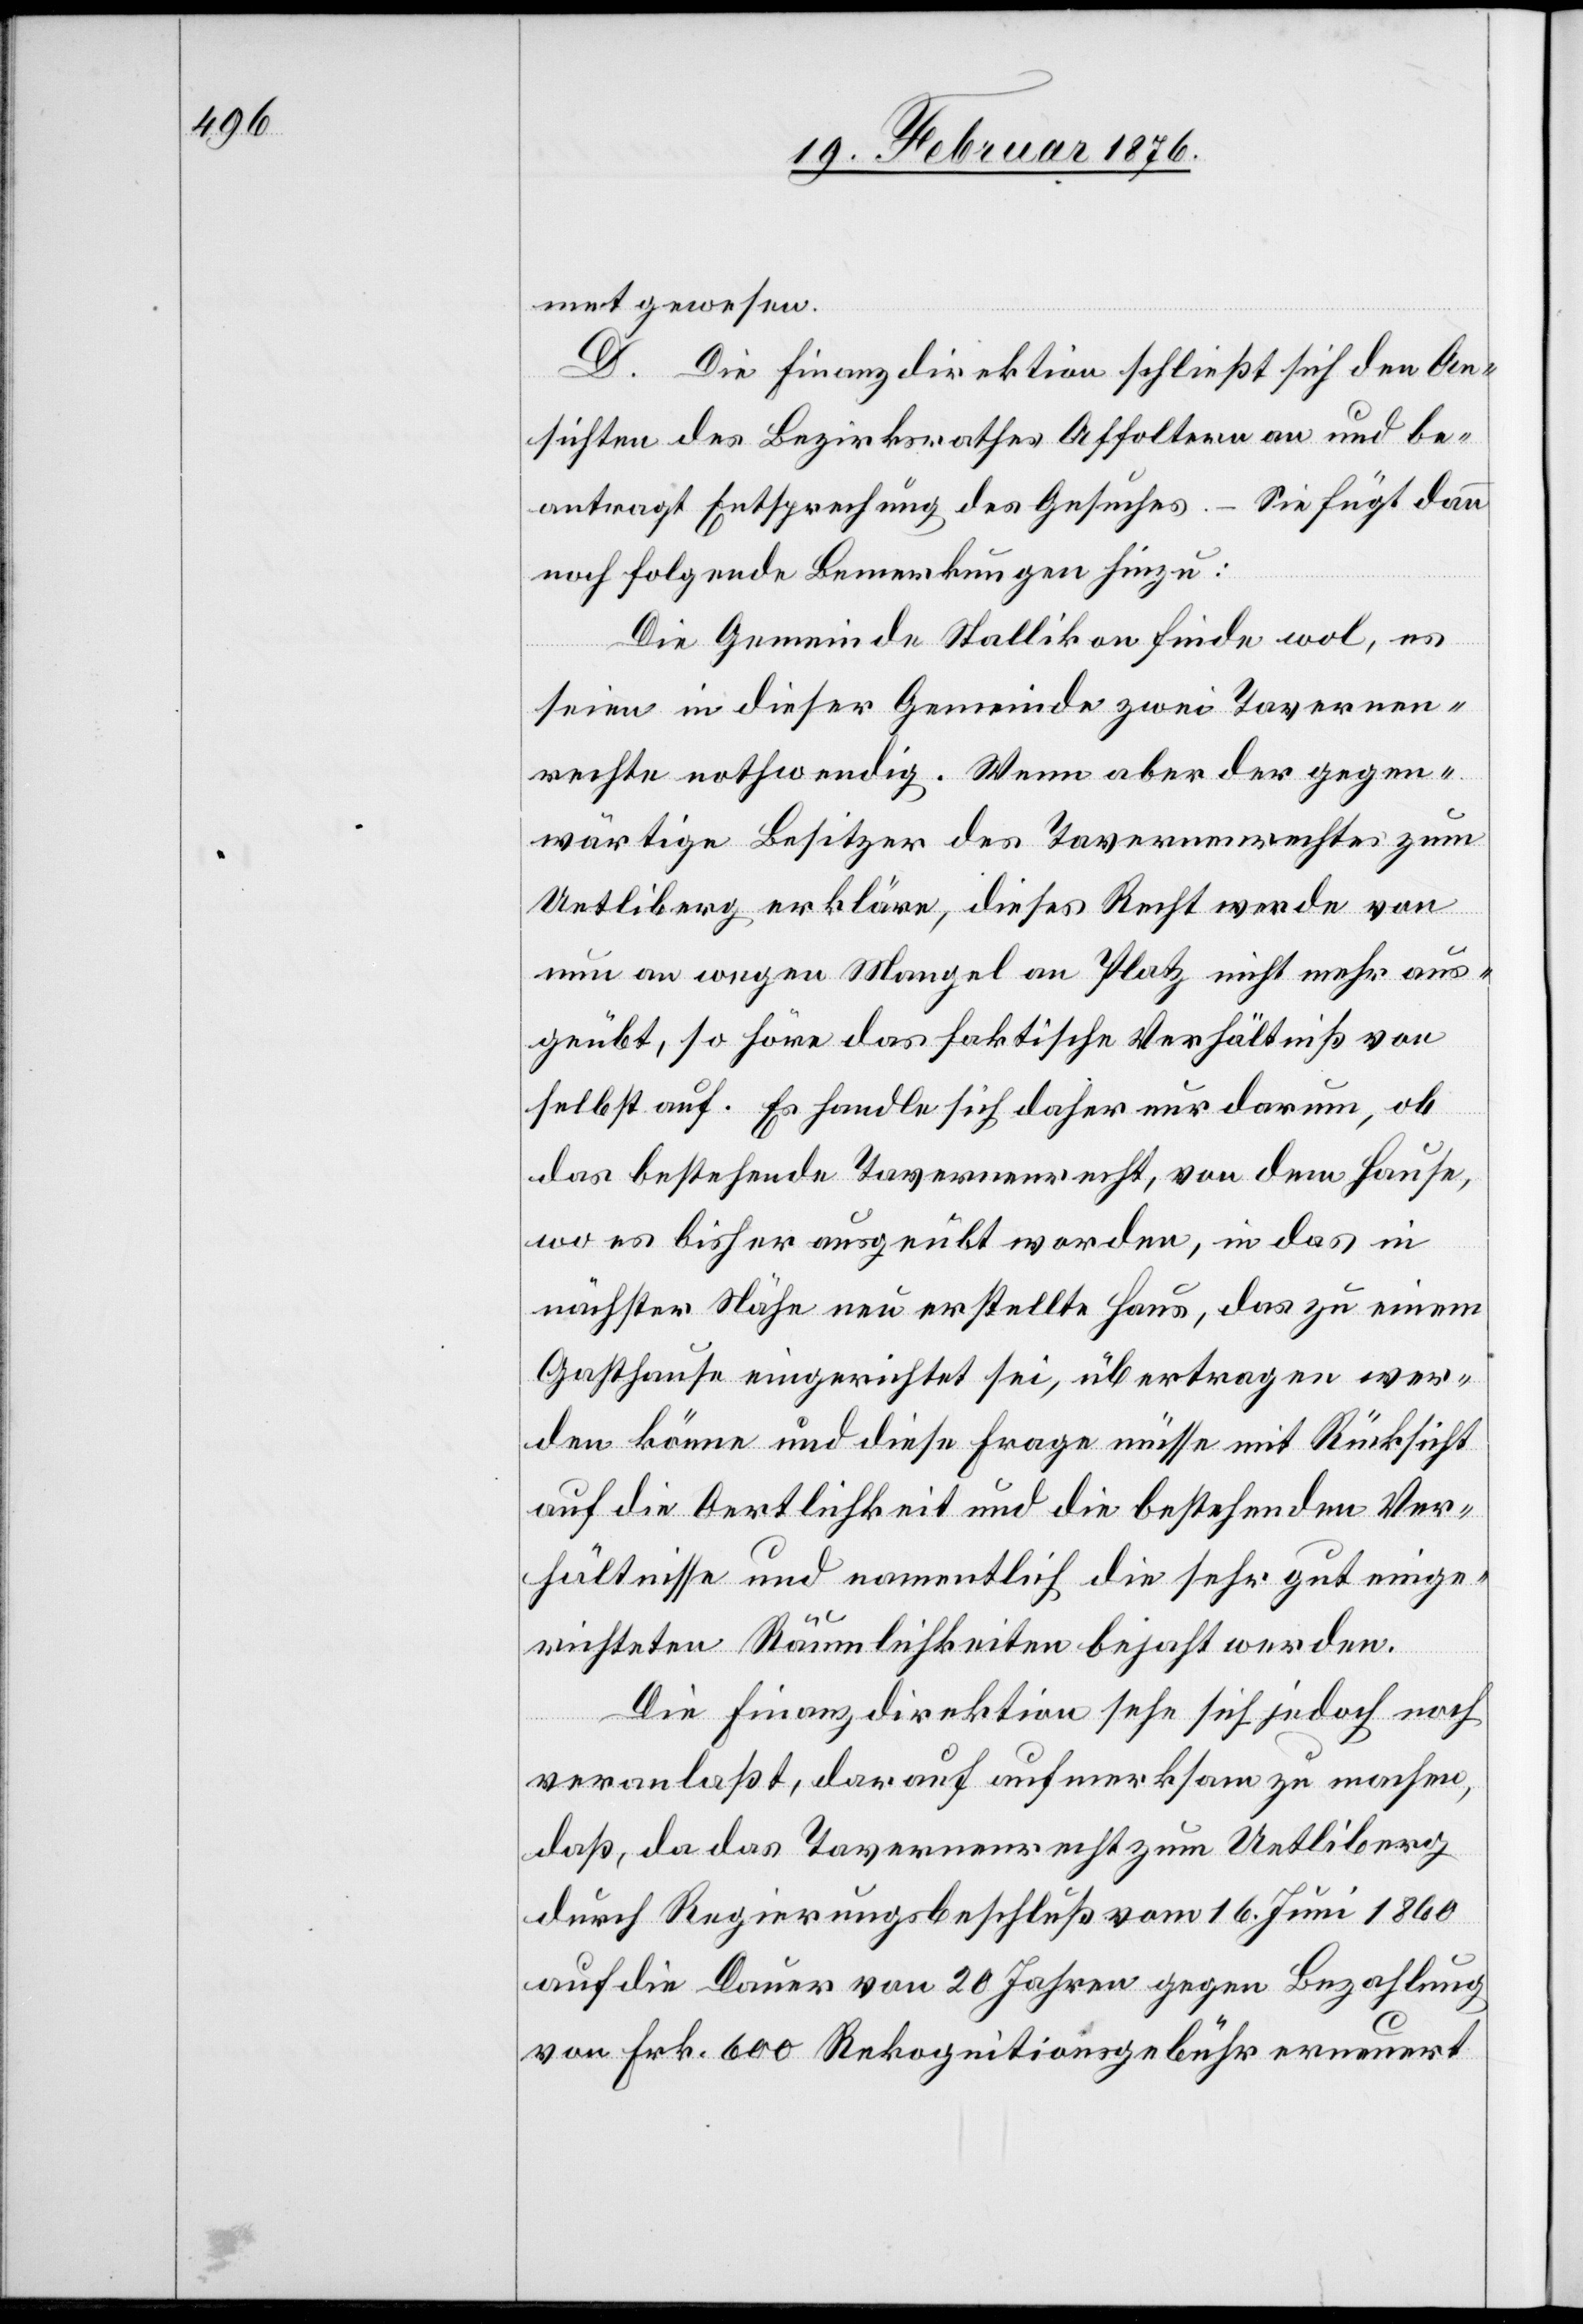
met gewesen.
D. Die Finanzdirektion schließt sich den An¬
sichten des Bezirksrathes Affoltern an und be¬
antragt Entsprechung des Gesuches – Sie fügt dann
noch folgende Bemerkungen hinzu:
Die Gemeinde Stallikon finde wol, es
seien in dieser Gemeinde zwei Tavernen¬
rechte nothwendig. Wenn aber der gegen¬
wärtige Besitzer des Tavernenrechtes zum
Uetliberg erkläre, dieses Recht werde von
nun an wegen Mangel an Platz nicht mehr aus¬
geübt, so höre das faktische Verhältniß von
selbst auf. Es handle sich daher nur darum, ob
das bestehende Tavernenrecht, von dem Hause,
wo es bisher ausgeübt worden, in das in
nächster Nähe neu erstellte Haus, das zu einem
Gasthause eingerichtet sei, übertragen wer¬
den könne und diese Frage müsse mit Rücksicht
auf die Oertlichkeit und die bestehenden Ver¬
hältnisse und namentlich die sehr gut einge¬
richteten Räumlichkeiten bejaht werden.
Die Finanzdirektion sehe sich jedoch noch
veranlaßt, darauf aufmerksam zu machen,
daß, da das Tavernenrecht zum Uetliberg
durch Regierungsrathsbeschluß vom 16. Juni 1860
auf die Dauer von 20 Jahren gegen Bezahlung
von Frk. 600 Rekognitionsgebühr erneuert